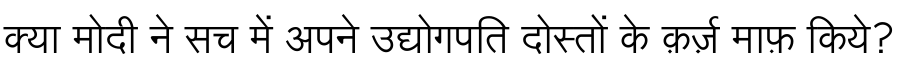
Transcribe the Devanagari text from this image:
क्या मोदी ने सच में अपने उद्योगपति दोस्तों के क़र्ज़ माफ़ किये?